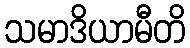
သမာဒိယာမီတိ